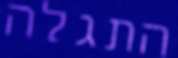
התגלה